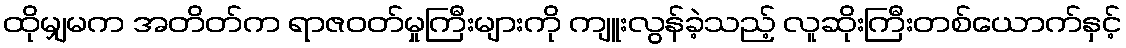
ထိုမျှမက အတိတ်က ရာဇဝတ်မှုကြီးများကို ကျူးလွန်ခဲ့သည့် လူဆိုးကြီးတစ်ယောက်နှင့်